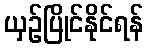
ယှဉ်ပြိုင်နိုင်ရန်